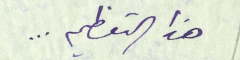
هذا التعظيم ...